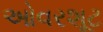
ઓવરશૂટ